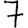
Digit: 7